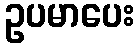
ဥပမာပေး